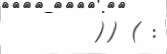
)) ( :